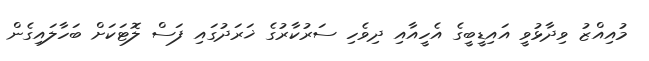
މުއިއްޒު ވިދާޅުވީ އައިޑީބީގެ އެހީއާއި ދިވެހި ސަރުކާރުގެ ޚަރަދުގައި ފަސް ލޮޓަކަށް ބަހާލައިގެން